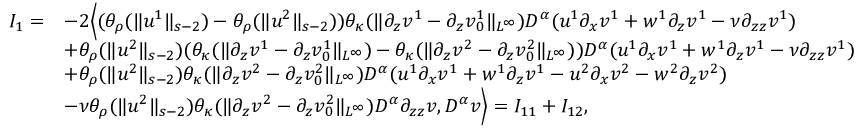
\begin{array} { r l } { I _ { 1 } = } & { - 2 \Big \langle ( \theta _ { \rho } ( \| u ^ { 1 } \| _ { s - 2 } ) - \theta _ { \rho } ( \| u ^ { 2 } \| _ { s - 2 } ) ) \theta _ { \kappa } ( \| \partial _ { z } v ^ { 1 } - \partial _ { z } v _ { 0 } ^ { 1 } \| _ { L ^ { \infty } } ) D ^ { \alpha } ( u ^ { 1 } \partial _ { x } v ^ { 1 } + w ^ { 1 } \partial _ { z } v ^ { 1 } - \nu \partial _ { z z } v ^ { 1 } ) } \\ & { + \theta _ { \rho } ( \| u ^ { 2 } \| _ { s - 2 } ) ( \theta _ { \kappa } ( \| \partial _ { z } v ^ { 1 } - \partial _ { z } v _ { 0 } ^ { 1 } \| _ { L ^ { \infty } } ) - \theta _ { \kappa } ( \| \partial _ { z } v ^ { 2 } - \partial _ { z } v _ { 0 } ^ { 2 } \| _ { L ^ { \infty } } ) ) D ^ { \alpha } ( u ^ { 1 } \partial _ { x } v ^ { 1 } + w ^ { 1 } \partial _ { z } v ^ { 1 } - \nu \partial _ { z z } v ^ { 1 } ) } \\ & { + \theta _ { \rho } ( \| u ^ { 2 } \| _ { s - 2 } ) \theta _ { \kappa } ( \| \partial _ { z } v ^ { 2 } - \partial _ { z } v _ { 0 } ^ { 2 } \| _ { L ^ { \infty } } ) D ^ { \alpha } ( u ^ { 1 } \partial _ { x } v ^ { 1 } + w ^ { 1 } \partial _ { z } v ^ { 1 } - u ^ { 2 } \partial _ { x } v ^ { 2 } - w ^ { 2 } \partial _ { z } v ^ { 2 } ) } \\ & { - \nu \theta _ { \rho } ( \| u ^ { 2 } \| _ { s - 2 } ) \theta _ { \kappa } ( \| \partial _ { z } v ^ { 2 } - \partial _ { z } v _ { 0 } ^ { 2 } \| _ { L ^ { \infty } } ) D ^ { \alpha } \partial _ { z z } v , D ^ { \alpha } v \Big \rangle = I _ { 1 1 } + I _ { 1 2 } , } \end{array}